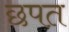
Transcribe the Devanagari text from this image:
छपत